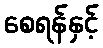
စေရန်နှင့်